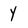
Character: Y